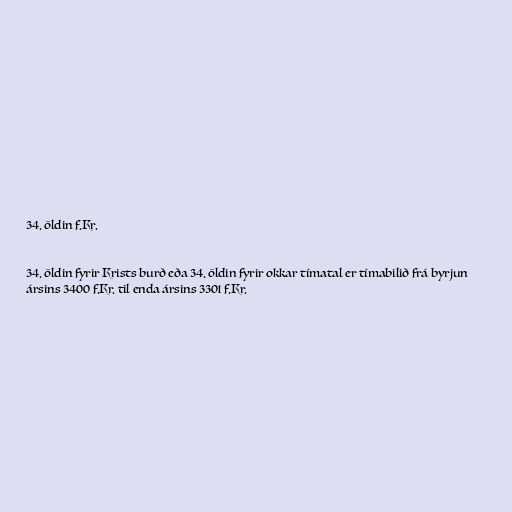
34. öldin f.Kr.

34. öldin fyrir Krists burð eða 34. öldin fyrir okkar tímatal er tímabilið frá byrjun
ársins 3400 f.Kr. til enda ársins 3301 f.Kr.